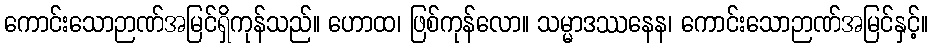
ကောင်းသောဉာဏ်အမြင်ရှိကုန်သည်။ ဟောထ၊ ဖြစ်ကုန်လော။ သမ္မာဒဿနေန၊ ကောင်းသောဉာဏ်အမြင်နှင့်။